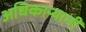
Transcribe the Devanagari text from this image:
अधिकाऱ्यानी